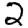
Digit: 2